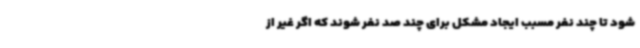
شود تا چند نفر مسبب ایجاد مشکل برای چند صد نفر شوند که اگر غیر از